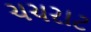
ચચરાટ